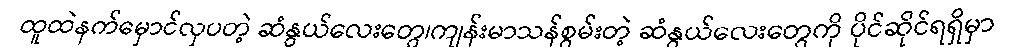
ထူထဲနက်မှောင်လှပတဲ့ ဆံနွယ်လေးတွေ၊ကျန်းမာသန်စွမ်းတဲ့ ဆံနွယ်လေးတွေကို ပိုင်ဆိုင်ရရှိမှာ